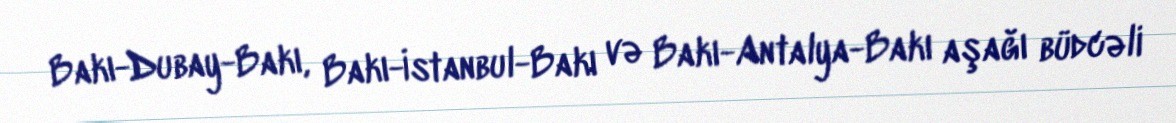
Bakı-Dubay-Bakı, Bakı-İstanbul-Bakı və Bakı-Antalya-Bakı aşağı büdcəli